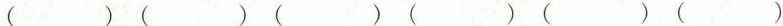
( ) ( ) ( ) ( ) ( ) ( )